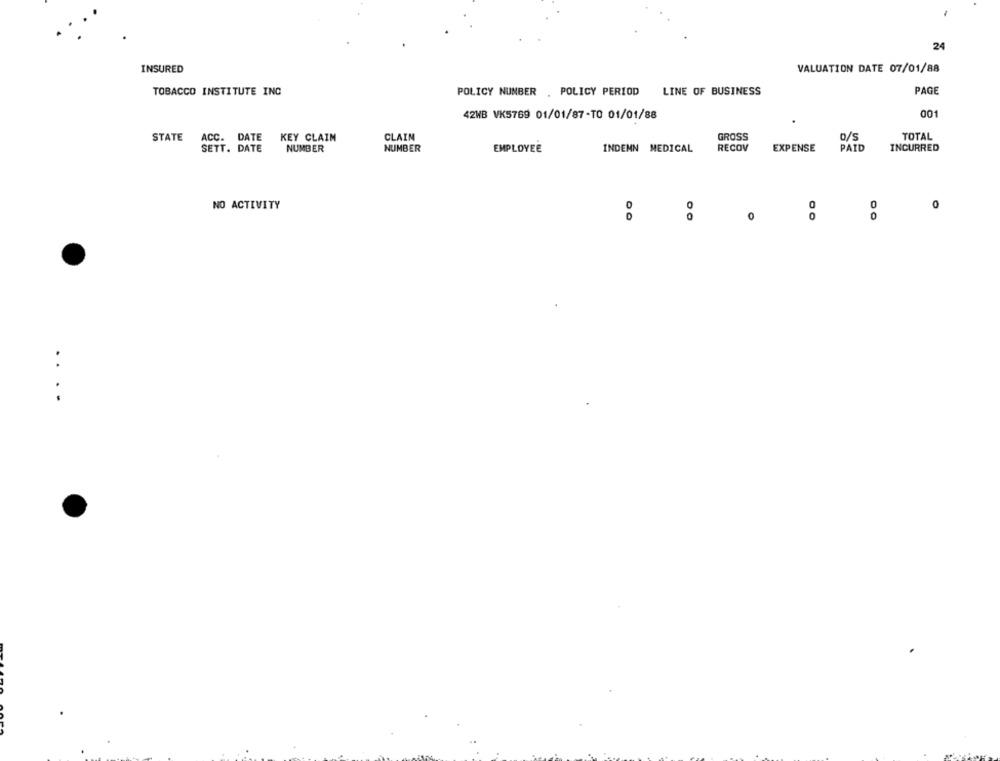
-
24
INSURED
VALUATION DATE 07/01/88
TOBACCO INSTITUTE INC
LINE OF BUSINESS
PAGE
POLICY NUMBER . POLICY PERIOD
001
42WB VK5769 01/01/87-TO 01/01/88
STATE
ACC. DATE
KEY CLAIM
CLAIN
GROSS
TOTAL
0/S
SETT. DATE
NUMBER
NUMBER
EMPLOYEE
INDEMN MEDICAL
RECOV
EXPENSE
PAID
INCURRED
NO ACTIVITY
0
0
....